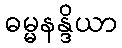
ဓမ္မနန္ဒိယာ